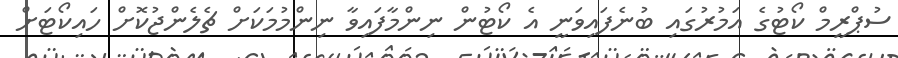
ސުޕްރީމް ކޯޓުގެ އަމުރުގައި ބުނެފައިވަނީ އެ ކޯޓުން ނިންމާފައިވާ ނިންމުމަކަށް ޗެލެންޖުކޮށް ހައިކޯޓަށް